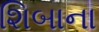
શિબાના